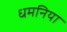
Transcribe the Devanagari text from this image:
धमनिया